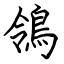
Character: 鴒